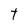
Character: t